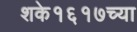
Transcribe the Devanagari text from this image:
शके१६१७च्या